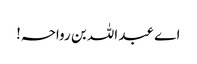
اے عبد اللہ بن رواحہ!